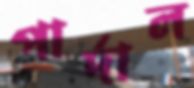
পার্দাল